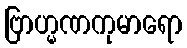
ဗြာဟ္မဏကုမာရော